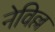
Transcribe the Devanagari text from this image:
नेविल्ल